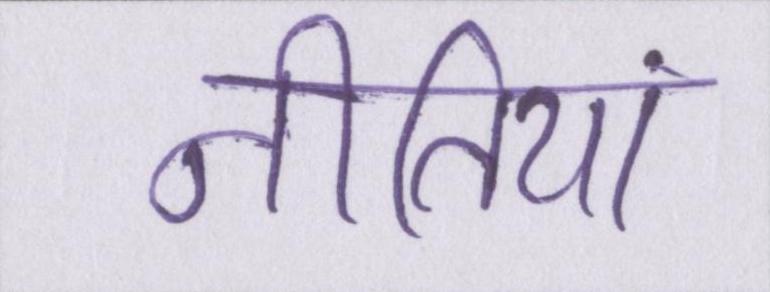
नीतियां